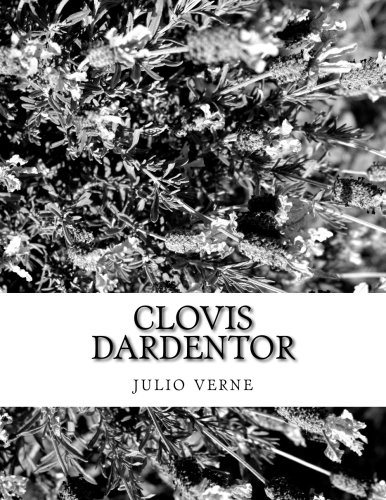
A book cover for Clovis Dardentor (Spanish Edition); julio verne; Science Fiction & Fantasy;